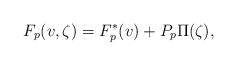
LaTeX: \begin{align*}F_p(v,\zeta) = F^*_p(v) + P_p\Pi(\zeta), \end{align*}